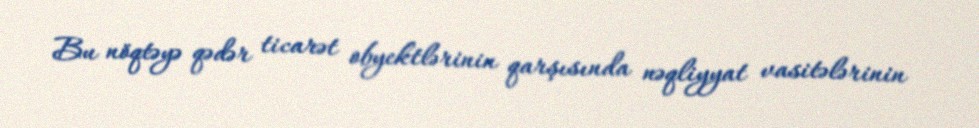
Bu nöqtəyə qədər ticarət obyektlərinin qarşısında nəqliyyat vasitələrinin